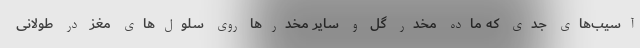
آسیب‌های جدی که ماده مخدر گل و سایر مخدر‌ها روی سلول‌های مغز در طولانی